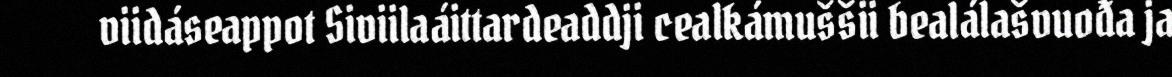
viidáseappot Siviilaáittardeaddji cealkámuššii bealálašvuođa ja